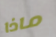
ماذا